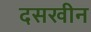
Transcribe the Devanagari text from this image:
दसखीन